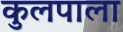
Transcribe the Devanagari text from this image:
कुलपाला